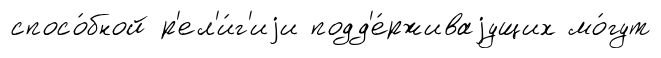
спосо́бной р'ел'и́г'иjи подд'е́рживаjущих мо́гут